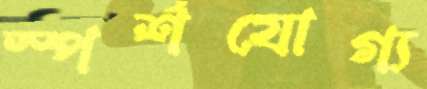
স্পর্শযোগ্য